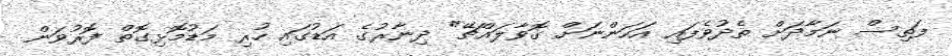
ފަތިސް ނަމާދަށް ތެދުވެފައި އަހަންނަށް ގޮވާލައްޗޭ" ދިނާރުގެ އަޑުގައި ހުރި މަޑުމޮޅިގޮތް ފޮރުވަން